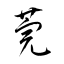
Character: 莞